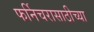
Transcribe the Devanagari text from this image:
फर्निचरासाठीच्या